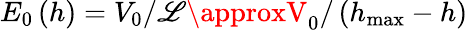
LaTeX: E_{0}\left(h\right)=V_{0}/\mathscr{L}\approxV_{0}/\left(h_{\operatorname*{max}}-h\right)